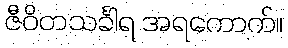
ဇီဝိတသင်္ခါရ အရကောက်။